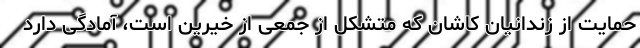
حمایت از زندانیان کاشان که متشکل از جمعی از خیرین است، آمادگی دارد